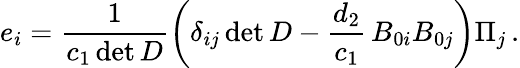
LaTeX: {e_{i}}=\frac{1}{{{c_{1}}\operatorname*{det}D}}\left({{\delta_{ij}}\operatorname*{det}D-\frac{{{d_{2}}}}{{{c_{1}}}}\, {B_{0i}}{B_{0j}}}\right){\Pi_{j}}\, .